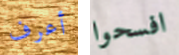
أعرف افسحوا